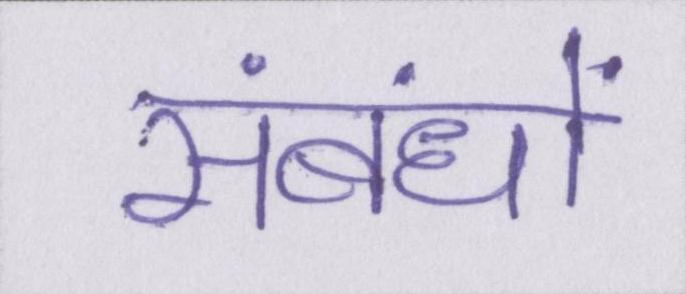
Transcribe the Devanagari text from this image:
संबंधों